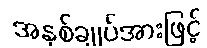
အနှစ်ချုပ်အားဖြင့်